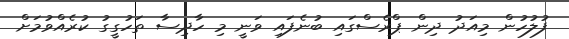
ފުލުހުން މިއަދު ދިން ޕްރެސްގައި ބުނެފައި ވަނީ މި ހާދިސާ ތަހުގީގު ކުރެއްވުމަށް